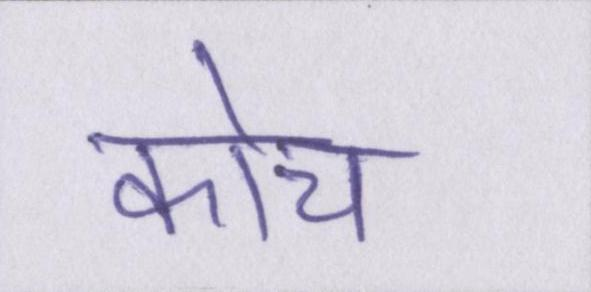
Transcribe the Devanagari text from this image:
कोच